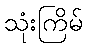
သုံးကြိမ်